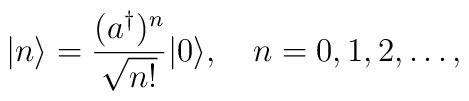
|n\rangle={(a^\dagger)^n\over\sqrt{n!}}|0\rangle,    \quad n=0,1,2,\ldots,